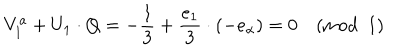
LaTeX: V _ { 1 } ^ { a } + U _ { 1 } \cdot Q = - { \frac { 1 } { 3 } } + { \frac { e _ { 1 } } { 3 } } \cdot ( - e _ { \alpha } ) = 0 \pmod { 1 }